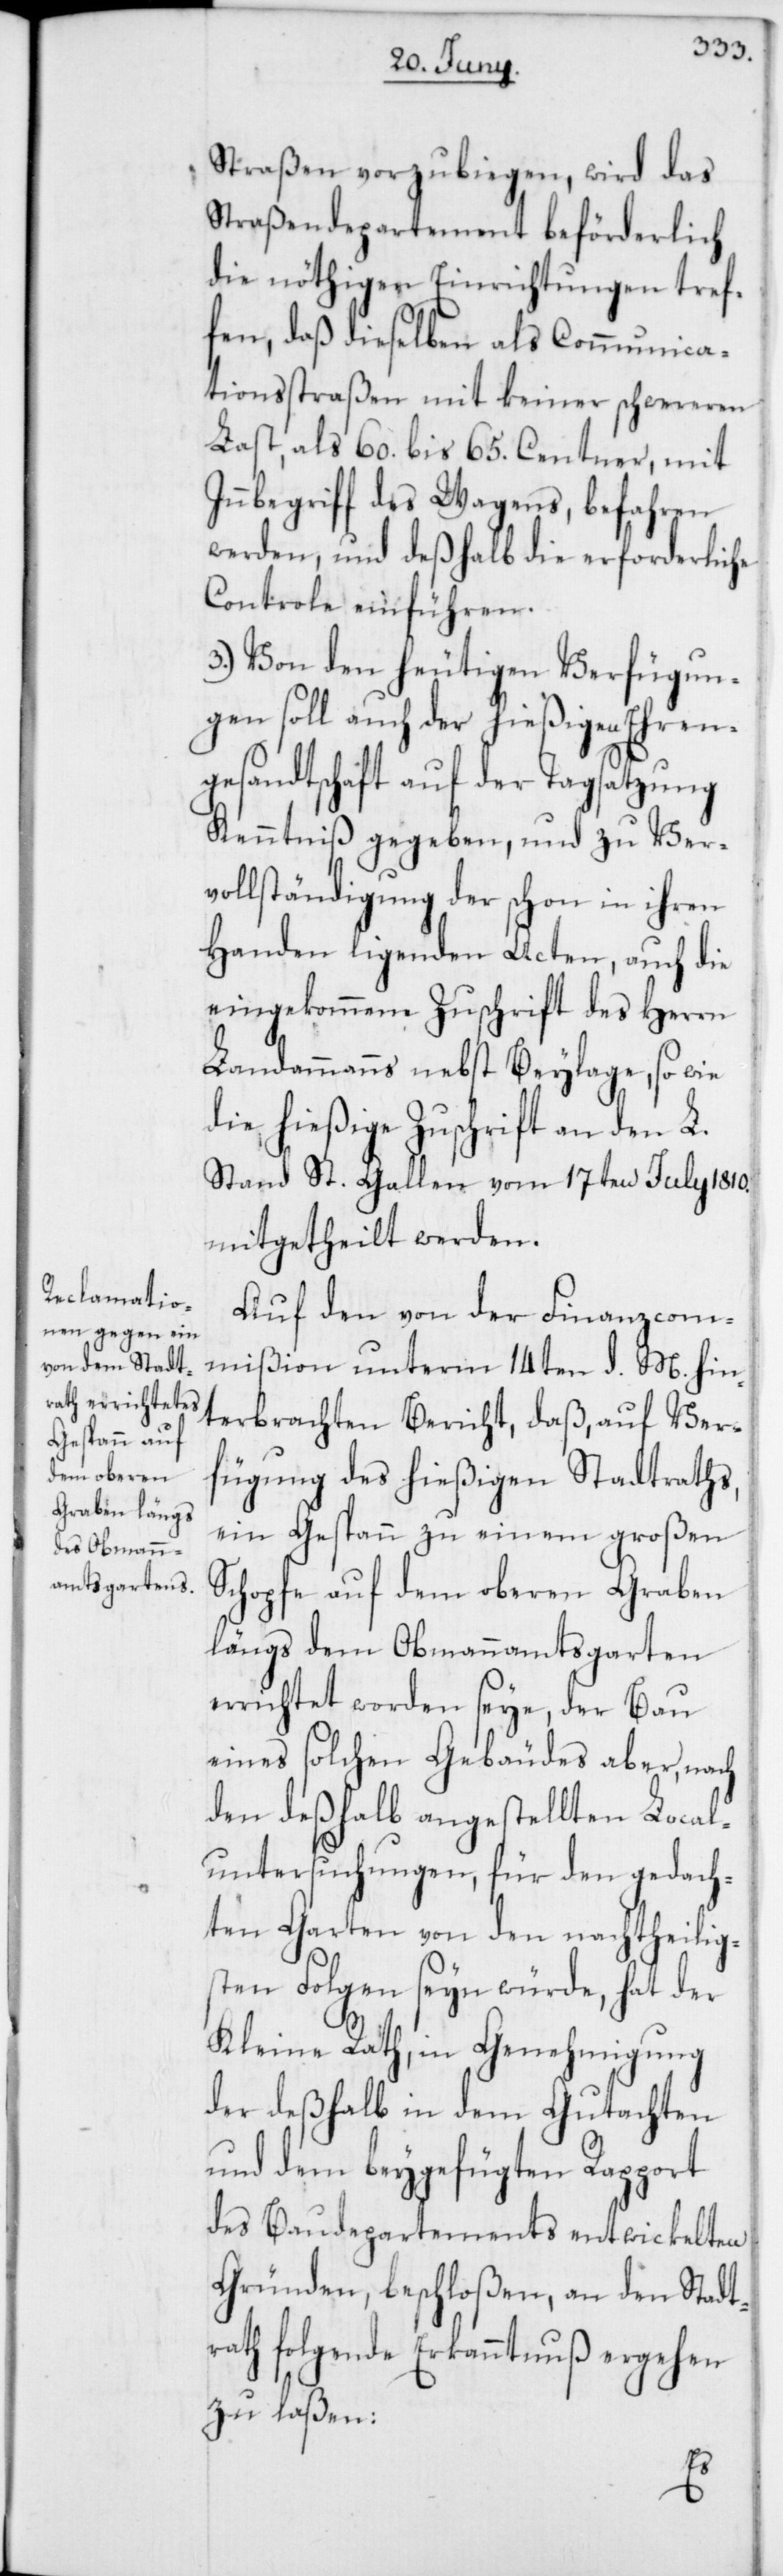
Straßen vorzubiegen, wird das
Straßendepartement beförderlich
die nöthigen Einrichtungen tref¬
fen, daß dieselben als Communica¬
tionsstraßen mit keiner schweren
Last, als 60. bis 65. Centner, mit
Innbegriff des Wagens, befahren
werden, und deßhalb die erforderliche
Controle einführen.
3.) Von den heutigen Verfügun¬
gen soll auch der hießigen Ehren¬
gesandtschaft auf der Tagsatzung
Kenntniß gegeben, und zu Ver¬
vollständigung der schon in ihren
Handen ligenden Acten, auch die
eingekommene Zuschrift des Herrn
Landammanns nebst Beylage, so wie
die hießige Zuschrift an den L.
Stand St. Gallen vom 17ten July 1810.
mitgetheilt werden.
Auf den von der Finanzcom¬
mißion unterm 14ten d. M. hin¬
terbrachten Bericht, daß, auf Ver¬
fügung des hießigen Stadtraths,
ein Gespann zu einem großen
Schopfe auf dem oberen Graben
längs dem Obmannsamtsgarten
errichtet worden seye, der Bau
eines solchen Gebäudes aber, nach
den deßhalb angestellten Local¬
untersuchungen, für den gedach¬
ten Garten von den nachtheilig¬
sten Folgen seyn würde, hat der
Kleine Rath, in Genehmigung
der deßhalb in dem Gutachten
und dem beygefügten Rapport
des Baudepartements entwickelten
Gründen, beschloßen, an den Stadt¬
rath folgende Erkanntnuß ergehen
zu laßen: